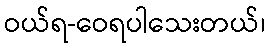
ဝယ်ရ-ဝေရပါသေးတယ်၊